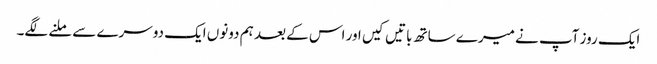
ایک روز آپ نے میرے ساتھ باتیں کیں اور اس کے بعد ہم دونوں ایک دوسرے سے ملنے لگے۔